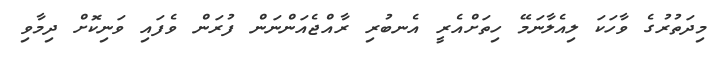
މިދަތުރުގެ ވާހަކަ ލިއެލާނަމޭ ހިތަށްއެރީ އެނބުރި ރާއްޖެއަންނަން ފުރަން ވެފައި ވަނިކޮށް ދިމާވި